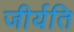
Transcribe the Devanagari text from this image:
जीर्यति